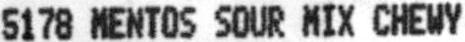
5178 MENTOS SOUR MIX CHEWY